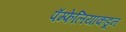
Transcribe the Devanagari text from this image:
पॅम्फेलियाकडून